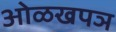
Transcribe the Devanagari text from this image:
ओळखपञ